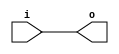
/* Generated by Yosys 0.27+9 (git sha1 101d19bb6, gcc 11.2.0-7ubuntu2 -fPIC -Os) */

(* top =  1  *)

module bsg_clkbuf(i, o);
  
  input [15:0] i;
  wire [15:0] i;
  
  output [15:0] o;
  wire [15:0] o;
  assign o = i;
endmodule